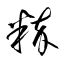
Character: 粋